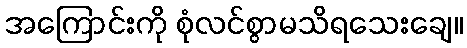
အကြောင်းကို စုံလင်စွာမသိရသေးချေ။